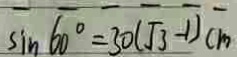
\sin 6 0 ^ { \circ } = 3 0 ( \sqrt { 3 } - 1 ) c m